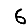
Digit: 6